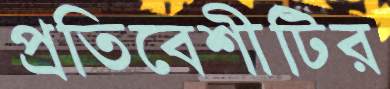
প্রতিবেশীটির